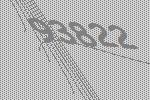
93822